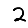
Digit: 2